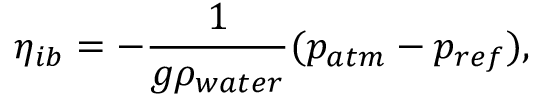
\eta _ { i b } = - \frac { 1 } { g \rho _ { w a t e r } } ( p _ { a t m } - p _ { r e f } ) ,